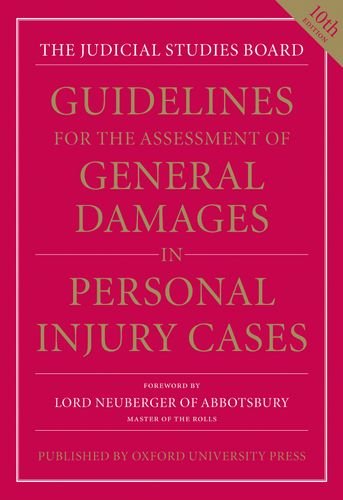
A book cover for Guidelines for the Assessment of General Damages in Personal Injury Cases (JSB Guidelines for the Assessment of General Damages in Personal Injury Cases); Law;